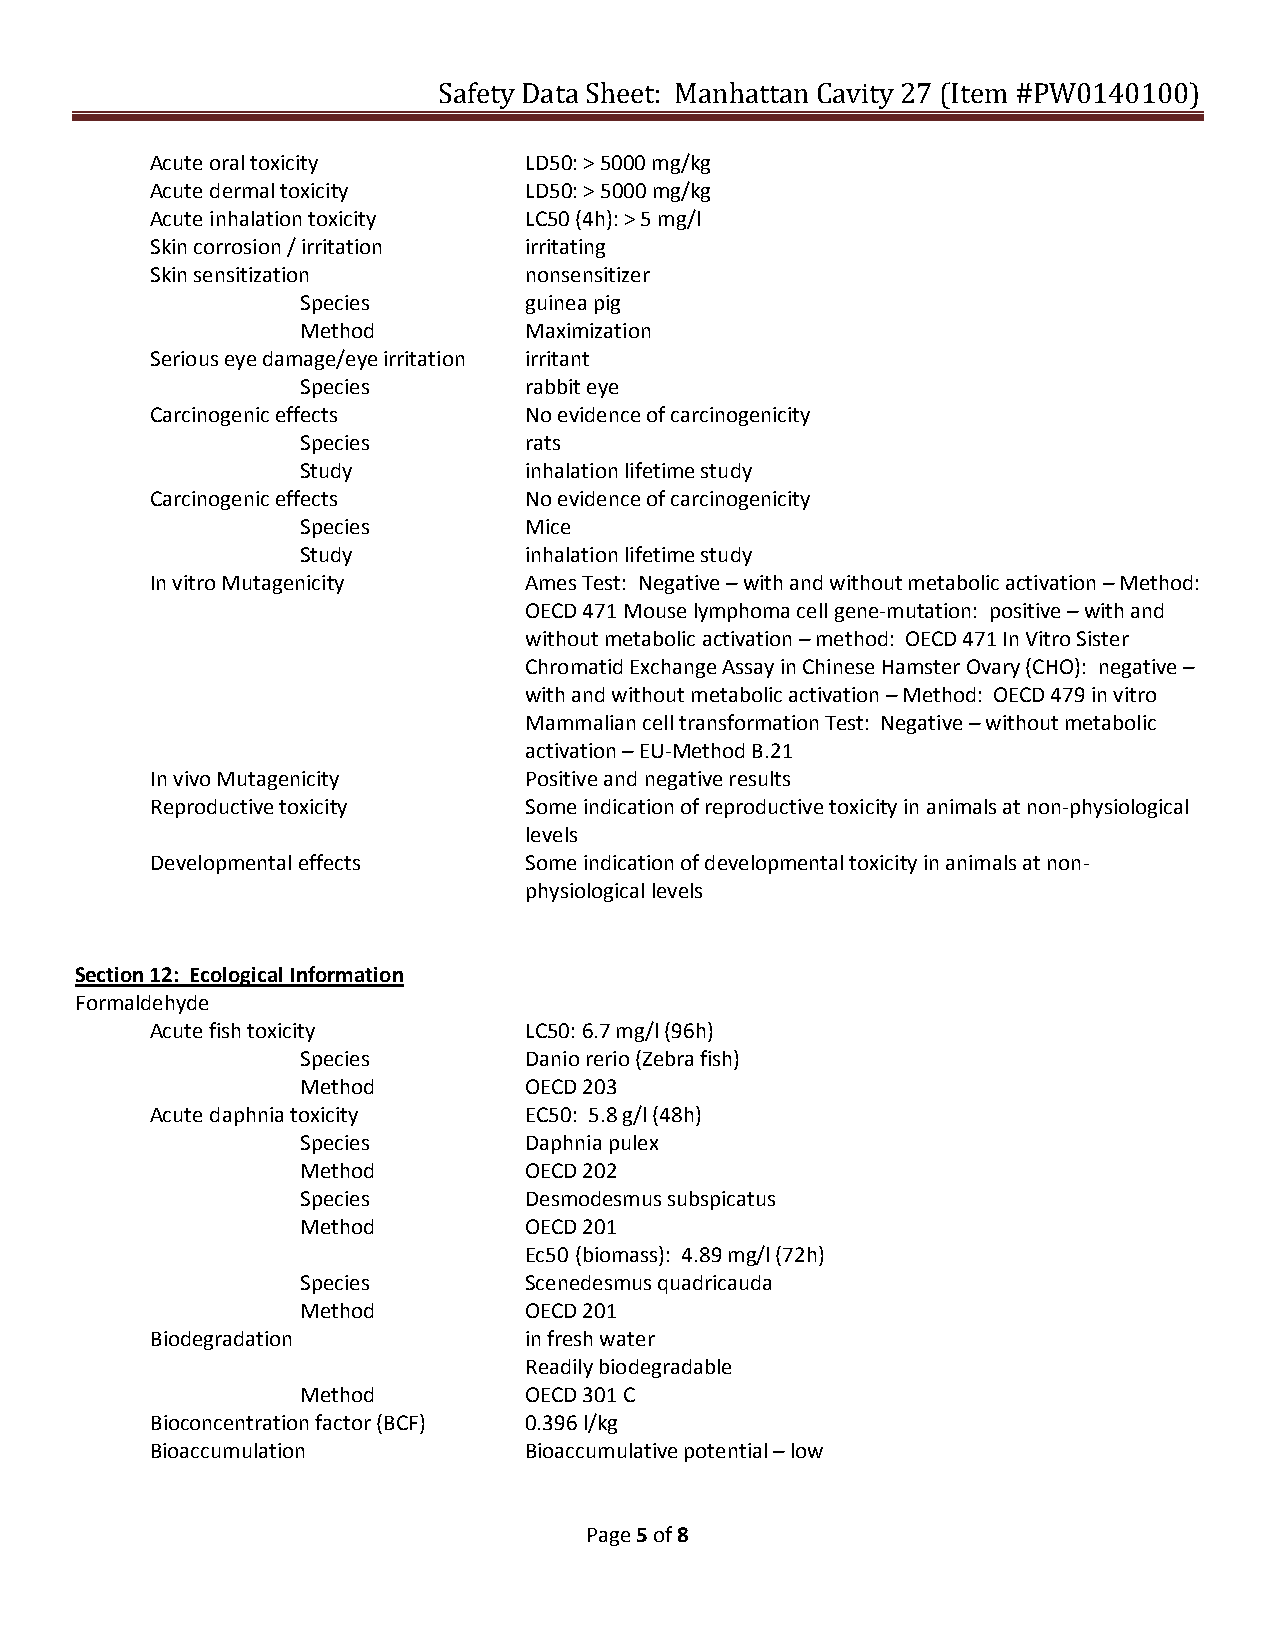
Safety Data Sheet: Manhattan Cavity 27 (Item #PW0140100)
 Acute oral toxicity      LD50: > 5000 mg/kg
 Acute dermal toxicity    LD50: > 5000 mg/kg
 Acute inhalation toxicity LC50 (4h): > 5 mg/l
 Skin corrosion / irritation irritating
 Skin sensitization       nonsensitizer
 Species        guinea pig
 Method         Maximization
 Serious eye damage/eye irritation irritant
 Species        rabbit eye
 Carcinogenic effects     No evidence of carcinogenicity
 Species        rats
 Study          inhalation lifetime study
 Carcinogenic effects     No evidence of carcinogenicity
 Species        Mice
 Study          inhalation lifetime study
 In vitro Mutagenicity    Ames Test: Negative – with and without metabolic activation – Method:
 OECD 471 Mouse lymphoma cell gene-mutation: positive – with and
 without metabolic activation – method: OECD 471 In Vitro Sister
 Chromatid Exchange Assay in Chinese Hamster Ovary (CHO): negative –
 with and without metabolic activation – Method: OECD 479 in vitro
 Mammalian cell transformation Test: Negative – without metabolic
 activation – EU-Method B.21
 In vivo Mutagenicity     Positive and negative results
 Reproductive toxicity    Some indication of reproductive toxicity in animals at non-physiological
 levels
 Developmental effects    Some indication of developmental toxicity in animals at non-
 physiological levels
 Section 12: Ecological Information
 Formaldehyde
 Acute fish toxicity      LC50: 6.7 mg/l (96h)
 Species        Danio rerio (Zebra fish)
 Method         OECD 203
 Acute daphnia toxicity   EC50: 5.8 g/l (48h)
 Species        Daphnia pulex
 Method         OECD 202
 Species        Desmodesmus subspicatus
 Method         OECD 201
 Ec50 (biomass): 4.89 mg/l (72h)
 Species        Scenedesmus quadricauda
 Method         OECD 201
 Biodegradation           in fresh water
 Readily biodegradable
 Method         OECD 301 C
 Bioconcentration factor (BCF) 0.396 l/kg
 Bioaccumulation          Bioaccumulative potential – low
 Page 5 of 8